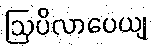
ဩပိလာပေယျ